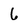
Character: 6